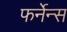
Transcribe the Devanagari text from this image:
फर्नेन्स